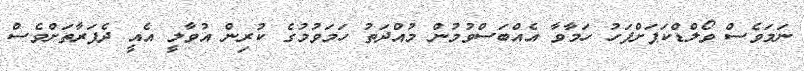
ނަމަވެސް ވޯލްޑްކަޕަށްފަހު ހަމާވާ އެއްބަސްވުމުން މުއްދަތު ހަމަވުމުގެ ކުރިން އުވާލީ އެއީ ދެފަރާތަށްވެސް